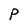
Character: P